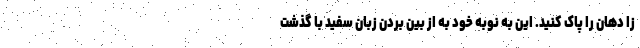
زا دهان را پاک کنید. این به نوبه خود به از بین بردن زبان سفید با گذشت